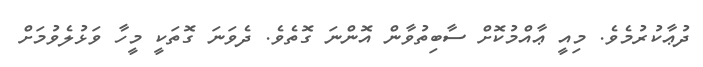
ދުޢާކުރުމެވެ. މިއީ ޢާއްމުކޮށް ސާބިތުވާން އޮންނަ ގޮތެވެ. ދެވަނަ ގޮތަކީ މީހާ ވަޅުލެވުމަށް